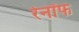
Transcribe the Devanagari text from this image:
रेनॉफ